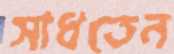
সাধতেন